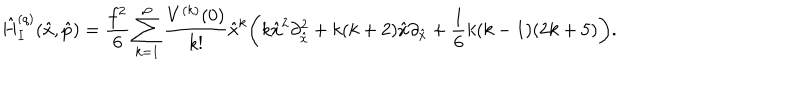
\hat { H } _ { I } ^ { ( q ) } ( \hat { x } , \hat { p } ) = \frac { f ^ { 2 } } { 6 } \sum _ { k = 1 } ^ { \infty } \frac { V ^ { ( k ) } ( 0 ) } { k ! } \hat { x } ^ { k } \biggl ( k \hat { x } ^ { 2 } \partial _ { \hat { x } } ^ { 2 } + k ( k + 2 ) \hat { x } \partial _ { \hat { x } } + \frac { 1 } { 6 } k ( k - 1 ) ( 2 k + 5 ) \biggr ) .